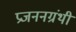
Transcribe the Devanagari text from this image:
प्रजननग्रंथी